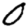
Digit: 0